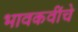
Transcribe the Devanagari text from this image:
भावकवींचे